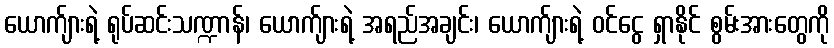
ယောက်ျားရဲ့ ရုပ်ဆင်းသဏ္ဍာန်၊ ယောက်ျားရဲ့ အရည်အချင်း၊ ယောက်ျားရဲ့ ဝင်ငွေ ရှာနိုင် စွမ်းအားတွေကို